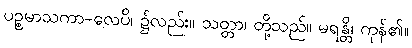
ပဉ္စမာသကာ-လေပိ၊ ၌လည်း။ သတ္တာ၊ တို့သည်။ မရန္တိ၊ ကုန်၏။